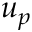
u _ { p }